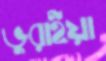
ভুরাইয়া